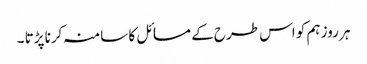
ہر روز ہم کو اس طرح کے مسائل کا سامنہ کرنا پڑتا ۔